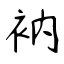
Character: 衲